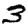
Digit: 3